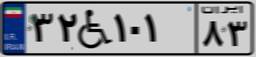
۳۲W۱۰۱۸۳